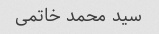
سید محمد خاتمی